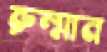
রুম্মান